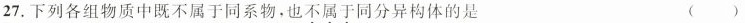
27.下列各组物质中既不属于同系物，也不属于同分异构体的是 ( )